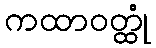
ကထာဝတ္ထုံ